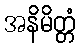
အနိမိတ္တံ